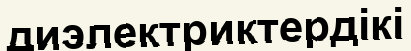
диэлектриктердікі